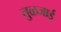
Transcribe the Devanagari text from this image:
तुळजाई